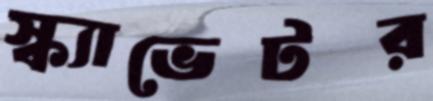
স্ক্যাভেটর